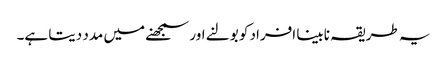
یہ طریقہ نابینا افراد کو بولنے اور سمجھنے میں مدد دیتا ہے۔